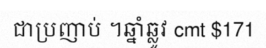
ជាប្រញាប់ ។ឆ្នាំឆ្លូវ cmt $171